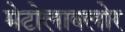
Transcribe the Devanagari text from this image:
मेटोलाक्‍लोर